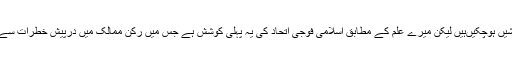
گو اس سے بھی پہلے عالم اسلام کو متحد کرنے کی کئی کوششیں ہوچکیںہیں لیکن میرے علم کے مطابق اسلامی فوجی اتحاد کی یہ پہلی کوشش ہے جس میں رکن ممالک میں درپیش خطرات سے نمٹنے کے لئے تما م مسلمان ممالک اس کے ساتھ ہوں گے ۔